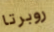
روبرتا